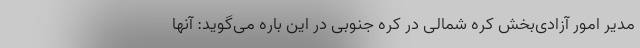
مدیر امور آزادی‌بخش کره شمالی در کره جنوبی در این باره می‌گوید: آنها